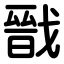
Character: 戩